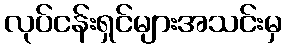
လုပ်ငန်းရှင်များအသင်းမှ